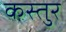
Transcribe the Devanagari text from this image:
कस्तुर